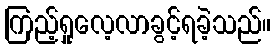
ကြည့်ရှုလေ့လာခွင့်ရခဲ့သည်။